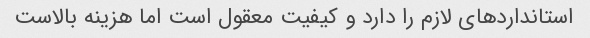
استاندارد‌های لازم را دارد و کیفیت معقول است اما هزینه بالاست